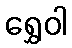
ရွှေဝါ